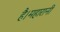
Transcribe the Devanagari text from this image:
है।महारानी